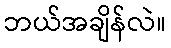
ဘယ်အချိန်လဲ။